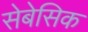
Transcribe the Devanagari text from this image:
सेबेसिक